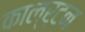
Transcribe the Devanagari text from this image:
काल्र्टन